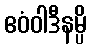
ဧဝံဝါဒီနမ္ပိ